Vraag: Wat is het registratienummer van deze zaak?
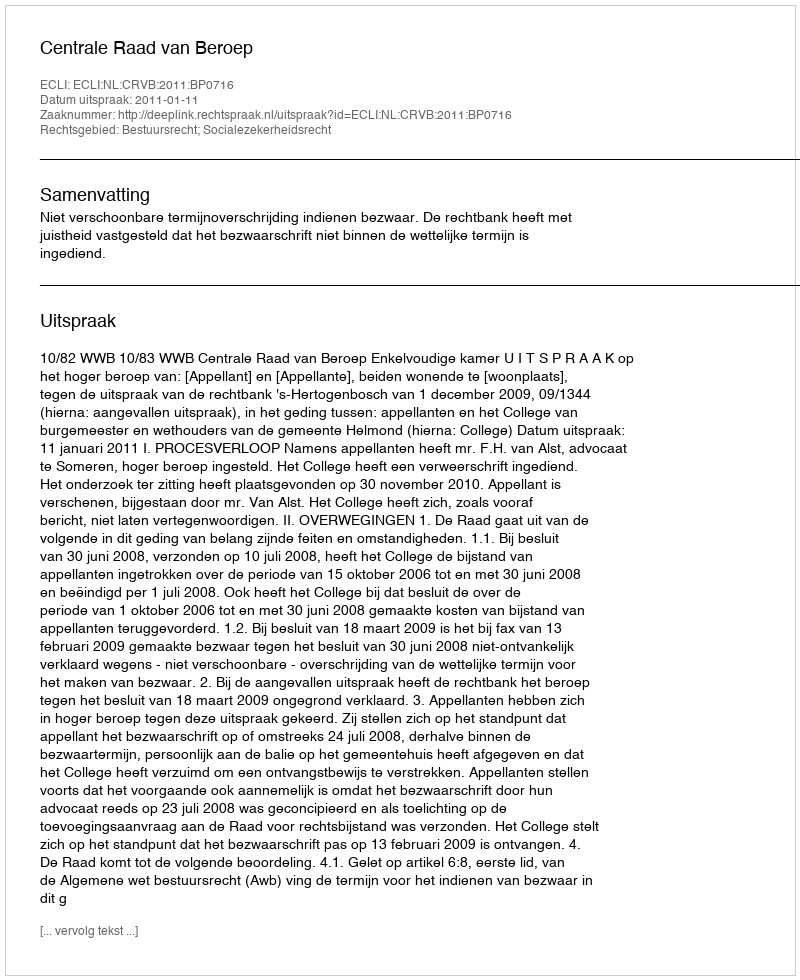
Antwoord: http://deeplink.rechtspraak.nl/uitspraak?id=ECLI:NL:CRVB:2011:BP0716